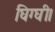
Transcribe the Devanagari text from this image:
घिग्घी।